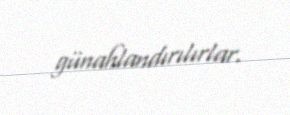
günahlandırılırlar.